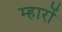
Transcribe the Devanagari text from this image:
म्हारों